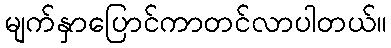
မျက်နှာပြောင်ကာတင်လာပါတယ်။